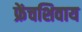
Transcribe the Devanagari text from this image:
फ्रेंचशिवाय